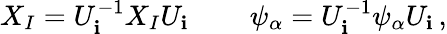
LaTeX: X_{I}=U_{\mathbf{i}}^{-1}X_{I}U_{\mathbf{i}}\, \qquad\psi_{\alpha}=U_{\mathbf{i}}^{-1}\psi_{\alpha}U_{\mathbf{i}}\, ,